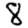
Digit: 8